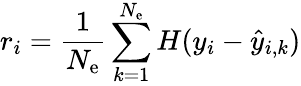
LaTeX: r_{i}=\frac{1}{N_{\mathrm{e}}}\sum_{k=1}^{N_{\mathrm{e}}}H(y_{i}-\hat{y}_{i,k})